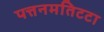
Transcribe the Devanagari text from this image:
पत्तनमतिटटा